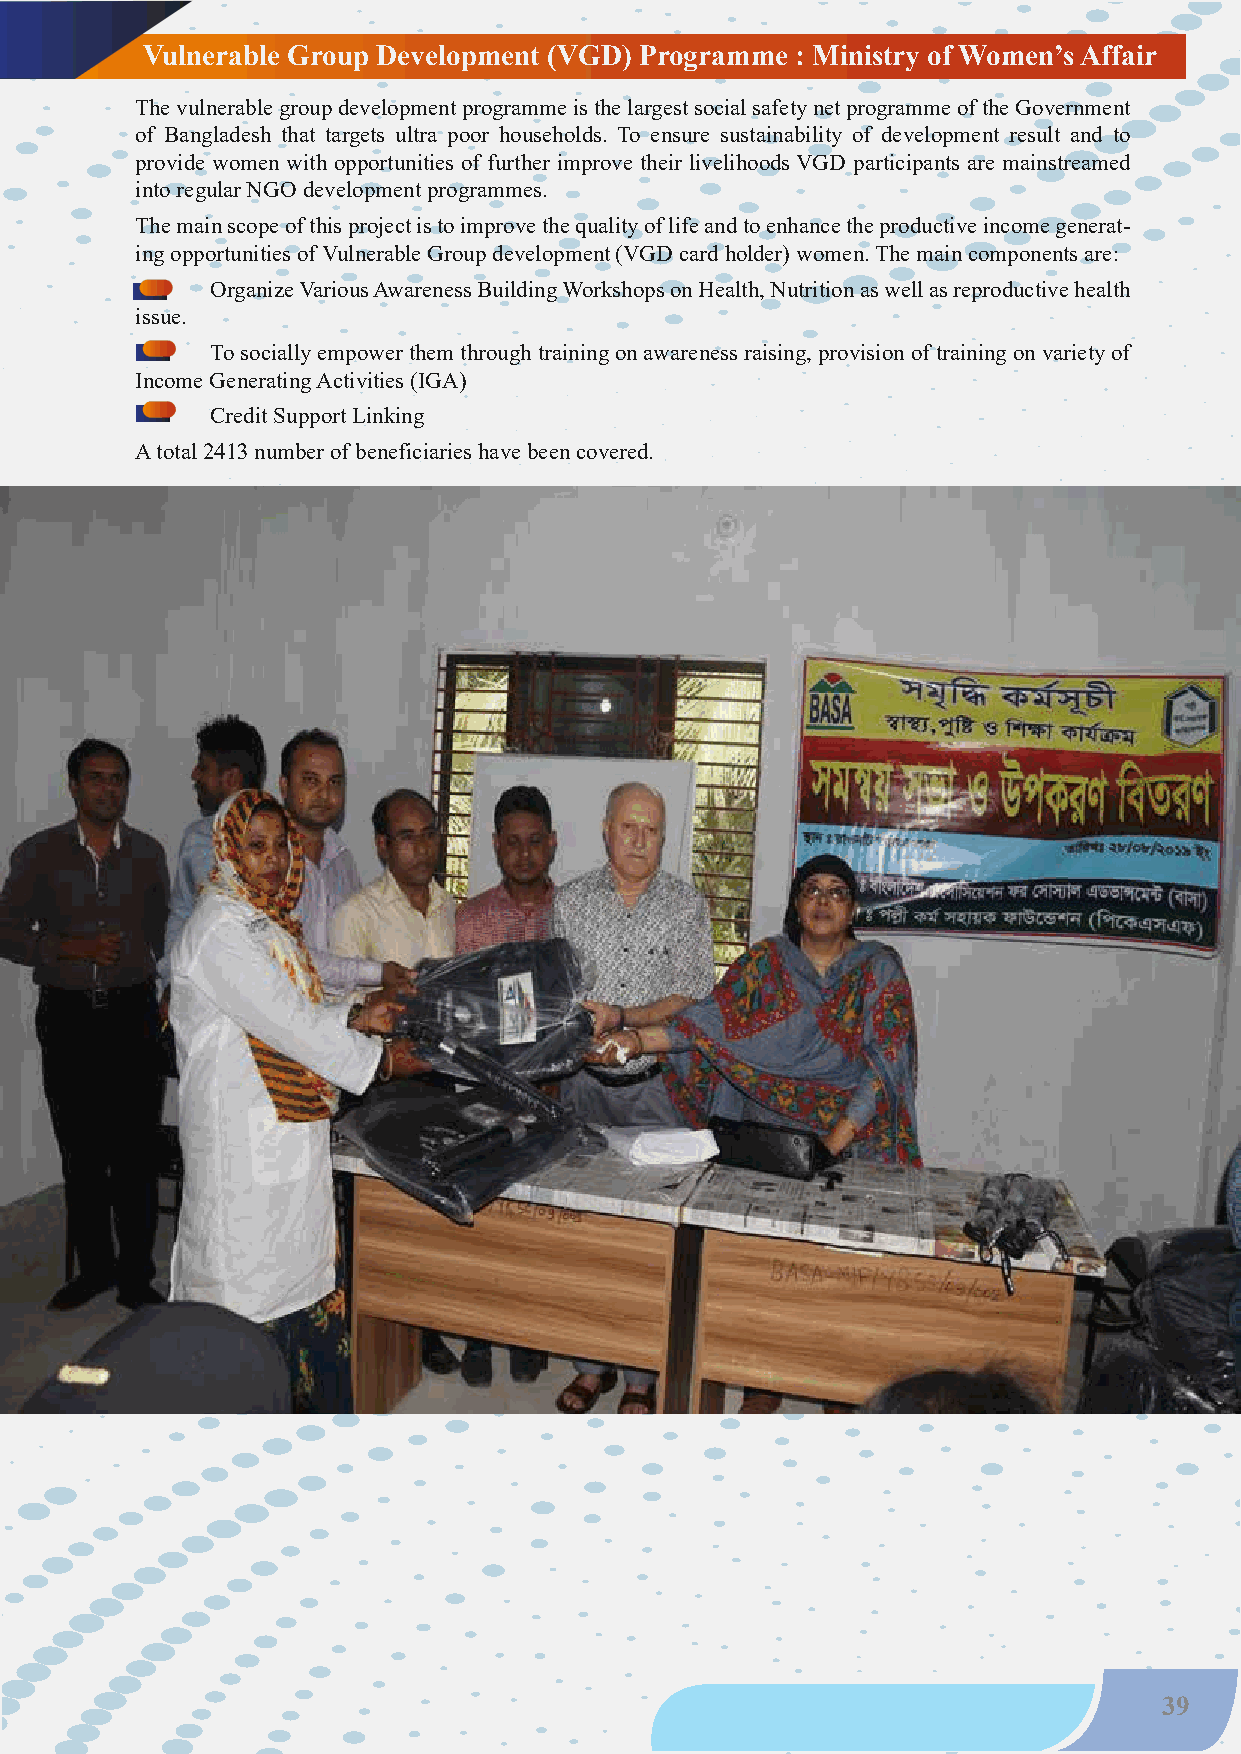
Vulnerable Group Development (VGD) Programme : Ministry of Women’s Affair
 The vulnerable group development programme is the largest social safety net programme of the Government
 of Bangladesh that targets ultra poor households. To ensure sustainability of development result and to
 provide women with opportunities of further improve their livelihoods VGD participants are mainstreamed
 into regular NGO development programmes.
 The main scope of this project is to improve the quality of life and to enhance the productive income generat-
 ing opportunities of Vulnerable Group development (VGD card holder) women. The main components are:
 •    Organize Various Awareness Building Workshops on Health, Nutrition as well as reproductive health
 issue.
 •    To socially empower them through training on awareness raising, provision of training on variety of
 Income Generating Activities (IGA)
 •    Credit Support Linking
 A total 2413 number of beneficiaries have been covered.
 39